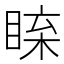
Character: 𥇱